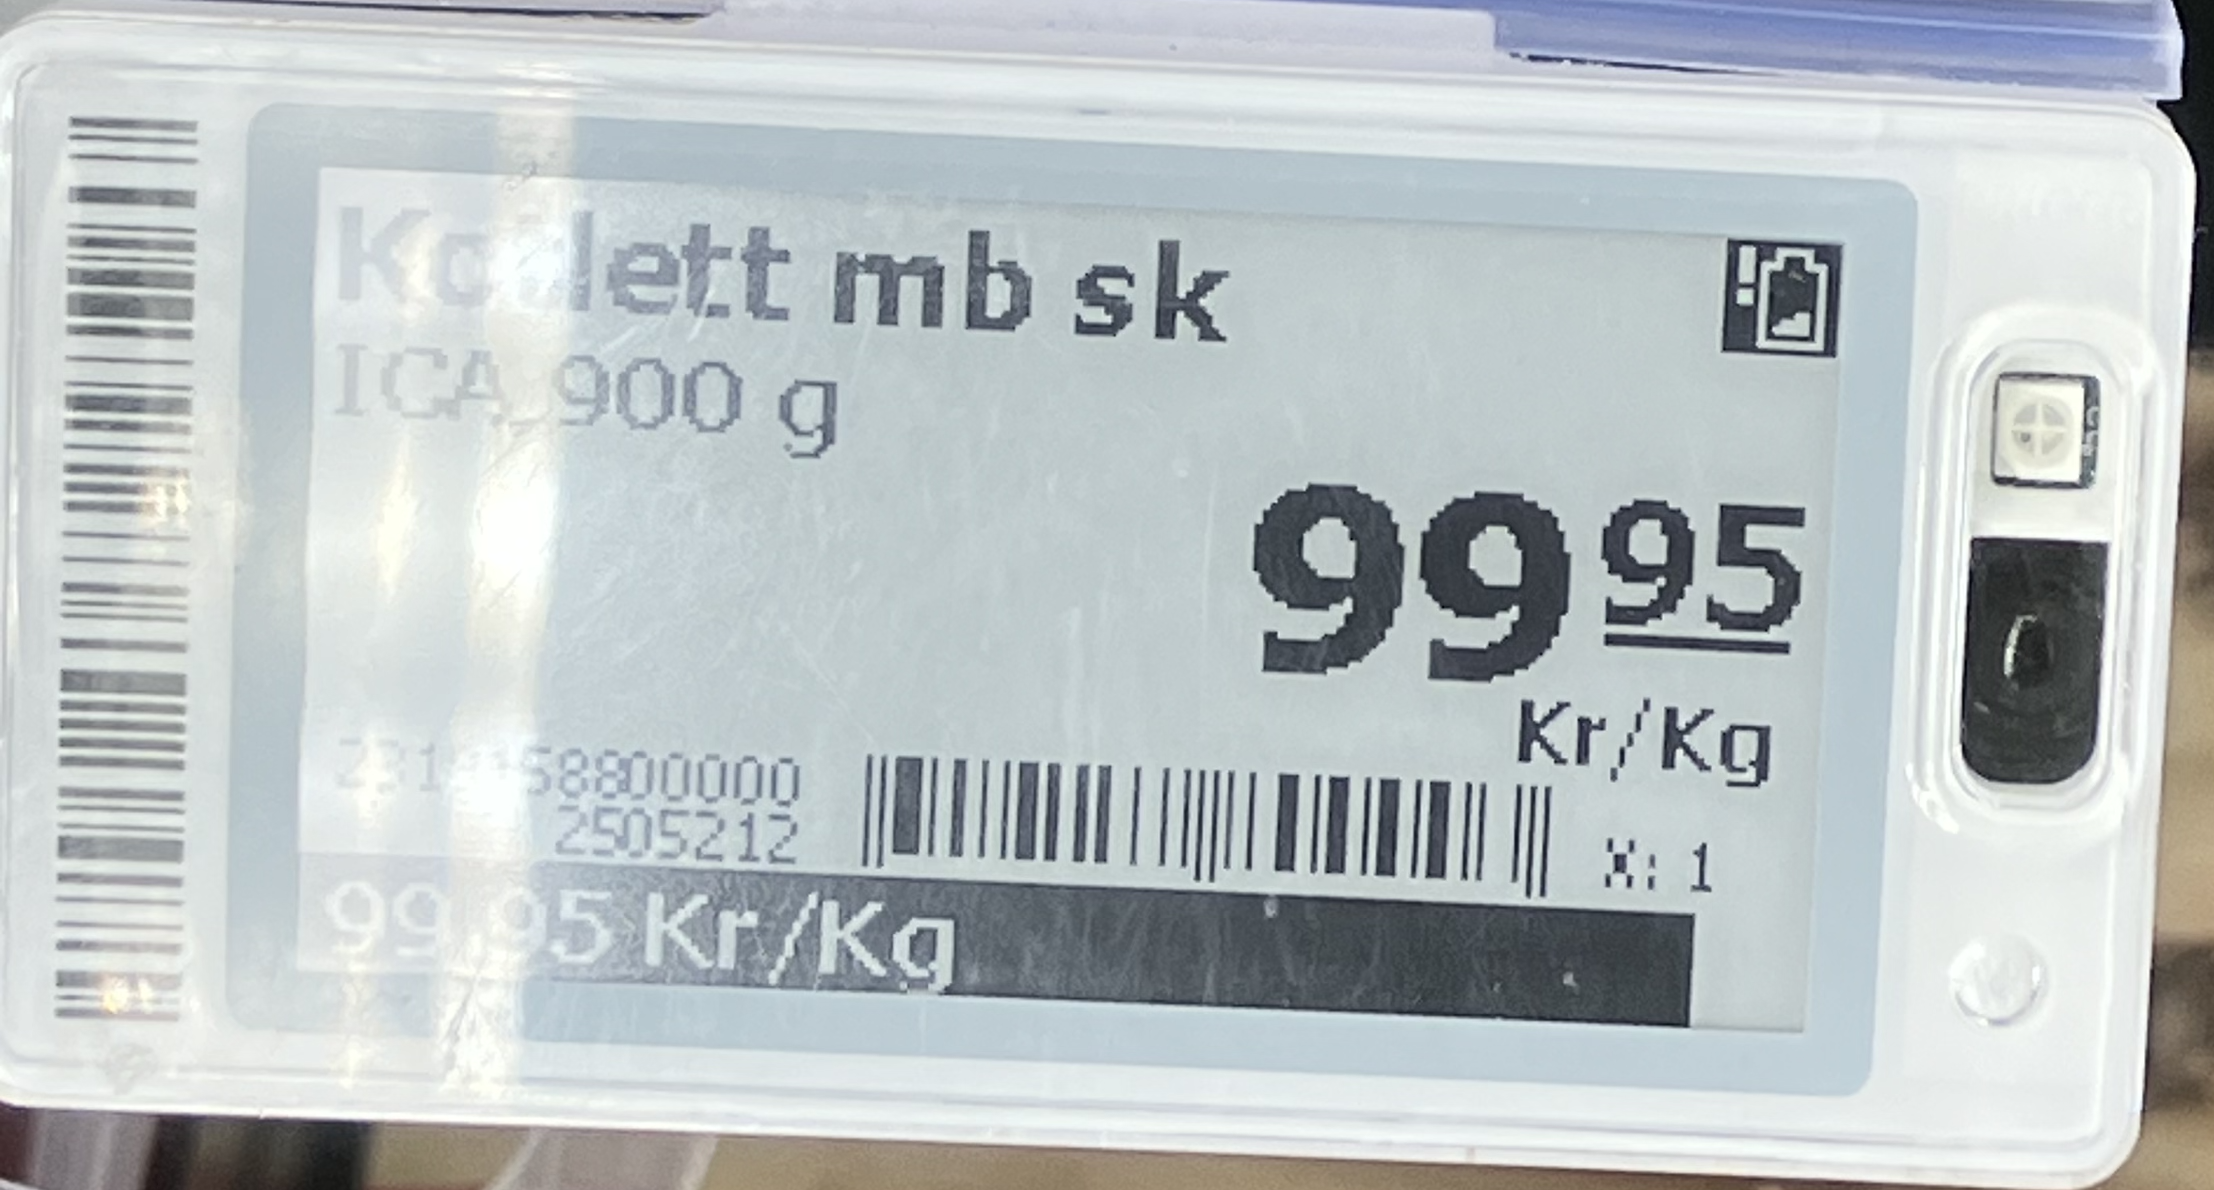
Vara: Kotlett mb sk
Genomsnittspris: 99.95 per kg